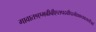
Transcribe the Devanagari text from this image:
गावात१एमबीबीएसपदवीधरवैद्यकव्यवसायीआहे